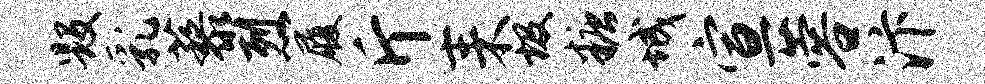
毁乳藜烈履斤耒圾糖城宣蓉汴